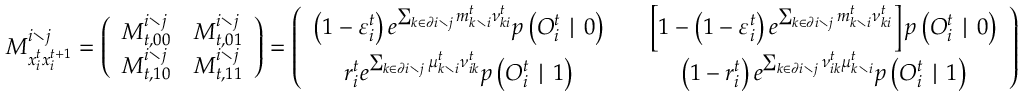
M _ { x _ { i } ^ { t } x _ { i } ^ { t + 1 } } ^ { i \setminus j } = \left( \begin{array} { c c } { M _ { t , 0 0 } ^ { i \setminus j } } & { M _ { t , 0 1 } ^ { i \setminus j } } \\ { M _ { t , 1 0 } ^ { i \setminus j } } & { M _ { t , 1 1 } ^ { i \setminus j } } \end{array} \right) = \left( \begin{array} { c c c } { \left( 1 - \varepsilon _ { i } ^ { t } \right) e ^ { \sum _ { k \in \partial i \setminus j } m _ { k \setminus i } ^ { t } { \nu } _ { k i } ^ { t } } p \left( O _ { i } ^ { t } \mid 0 \right) } & & { \left[ 1 - \left( 1 - \varepsilon _ { i } ^ { t } \right) e ^ { \sum _ { k \in \partial i \setminus j } m _ { k \setminus i } ^ { t } { \nu } _ { k i } ^ { t } } \right] p \left( O _ { i } ^ { t } \mid 0 \right) } \\ { r _ { i } ^ { t } e ^ { \sum _ { k \in \partial i \setminus j } \mu _ { k \setminus i } ^ { t } { \nu } _ { i k } ^ { t } } p \left( O _ { i } ^ { t } \mid 1 \right) } & & { \left( 1 - r _ { i } ^ { t } \right) e ^ { \sum _ { k \in \partial i \setminus j } \nu _ { i k } ^ { t } \mu _ { k \setminus i } ^ { t } } p \left( O _ { i } ^ { t } \mid 1 \right) } \end{array} \right)